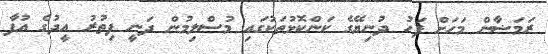
ރަމަޟާން މަހަށް ފަހު ދުނިޔޭގެ ކަންކޮޅުތަކުގައި މުސްލިމުން ދަނީ ފިތުރު އީދުގެ އުފާ